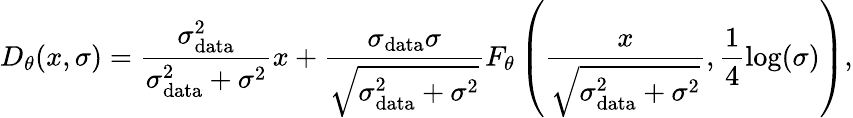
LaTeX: D_{\theta}(x,\sigma)=\frac{\sigma_{\mathrm{data}}^{2}}{\sigma_{\mathrm{data}}^{2}+\sigma^{2}}x+\frac{\sigma_{\mathrm{data}}\sigma}{\sqrt{\sigma_{\mathrm{data}}^{2}+\sigma^{2}}}F_{\theta}\left(\frac{x}{\sqrt{\sigma_{\mathrm{data}}^{2}+\sigma^{2}}},\frac{1}{4}\log(\sigma)\right),